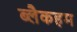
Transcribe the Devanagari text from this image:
ब्लैकहम